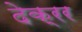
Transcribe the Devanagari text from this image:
देक्रर